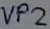
Text: VP2